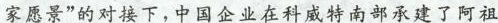
家愿景”的对接下，中国企业在科威特南部承建了阿祖